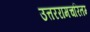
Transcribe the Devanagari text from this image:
उत्तररामचरितम्‍